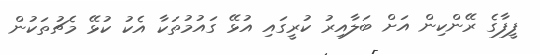
ފީފާގެ ރޭންކިން އަށް ބަލާއިރު ކުރީގައި އުޅޭ ގައުމުތަކާ އެކު ކުޅޭ މެޗުތަކުން